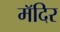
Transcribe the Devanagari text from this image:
मॅदिर